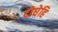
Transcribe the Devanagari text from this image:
दोघेहि